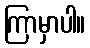
ကြာမှာပါ။